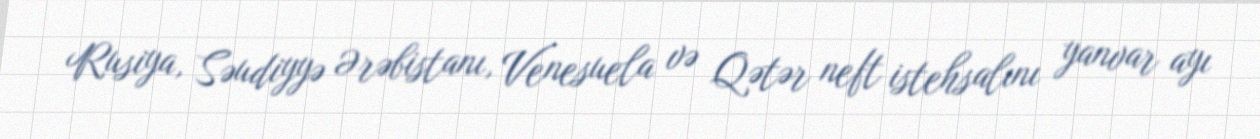
Rusiya, Səudiyyə Ərəbistanı, Venesuela və Qətər neft istehsalını yanvar ayı